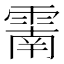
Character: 𩄑